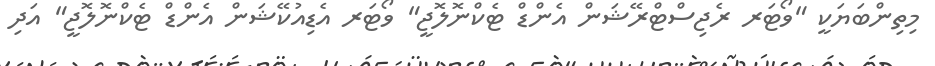
މިތިންބަޔަކީ "ވޯޓަރ ރެޖިސްޓްރޭޝަން އެންޑް ޓެކްނޮލޮޖީ" ވޯޓަރ އެޑިއުކޭޝަން އެންޑް ޓެކްނޮލޮޖީ" އަދި